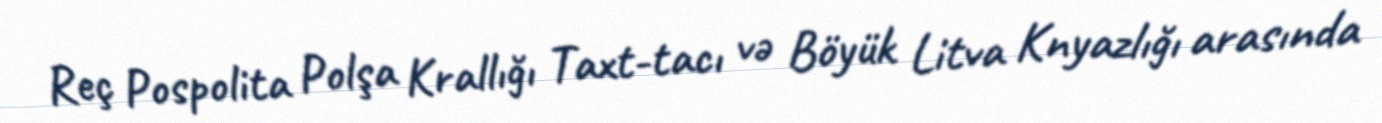
Reç Pospolita Polşa Krallığı Taxt-tacı və Böyük Litva Knyazlığı arasında